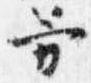
芳